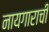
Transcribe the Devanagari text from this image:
नायगाराची